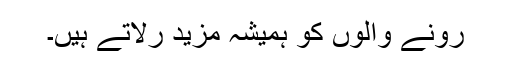
رونے والوں کو ہمیشہ مزید رلاتے ہیں۔